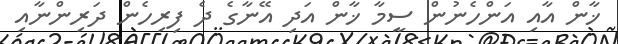
ޚާން އާއި އަންހެނުން ސީމާ ޚާން އަދި އޭނާގެ ދެ ފިރިހެން ދަރިންނާއި